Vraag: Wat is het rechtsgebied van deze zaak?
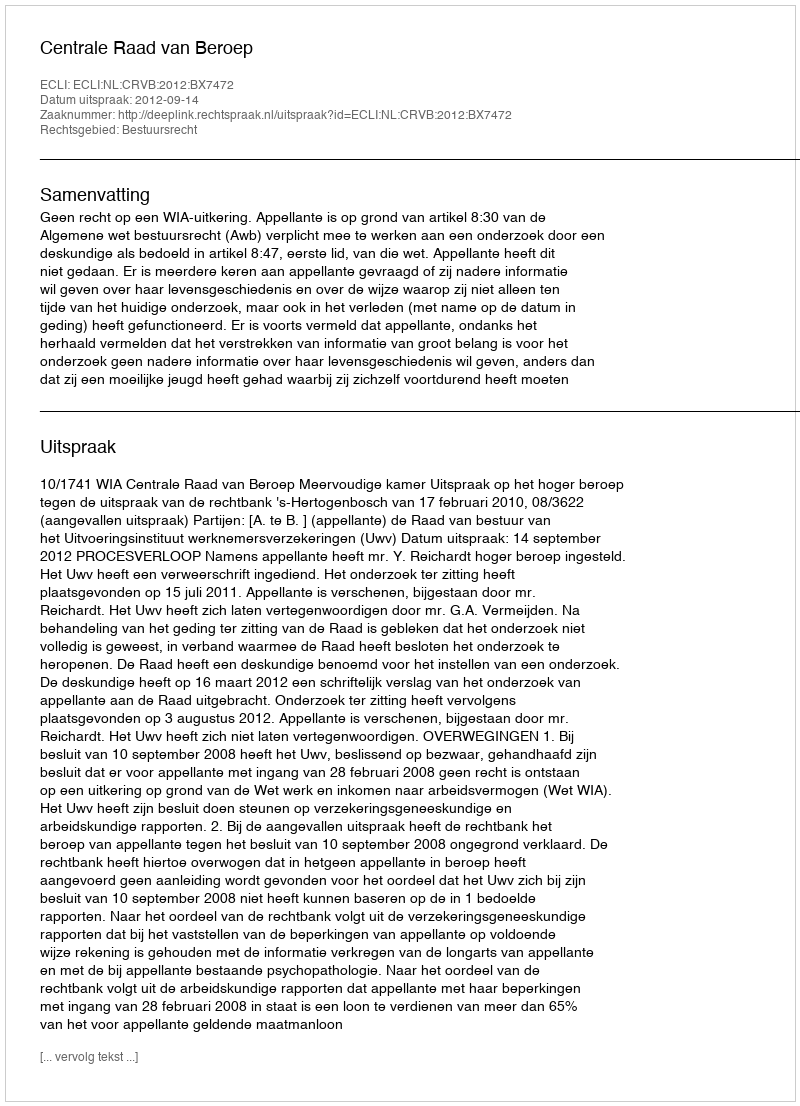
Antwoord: Bestuursrecht